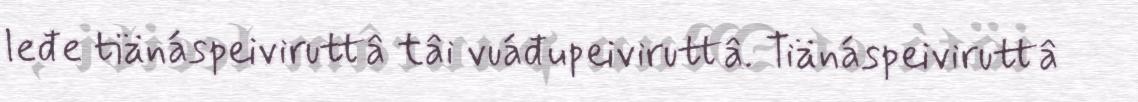
leđe tiänáspeiviruttâ tâi vuáđupeiviruttâ. Tiänáspeiviruttâ